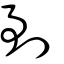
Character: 剚